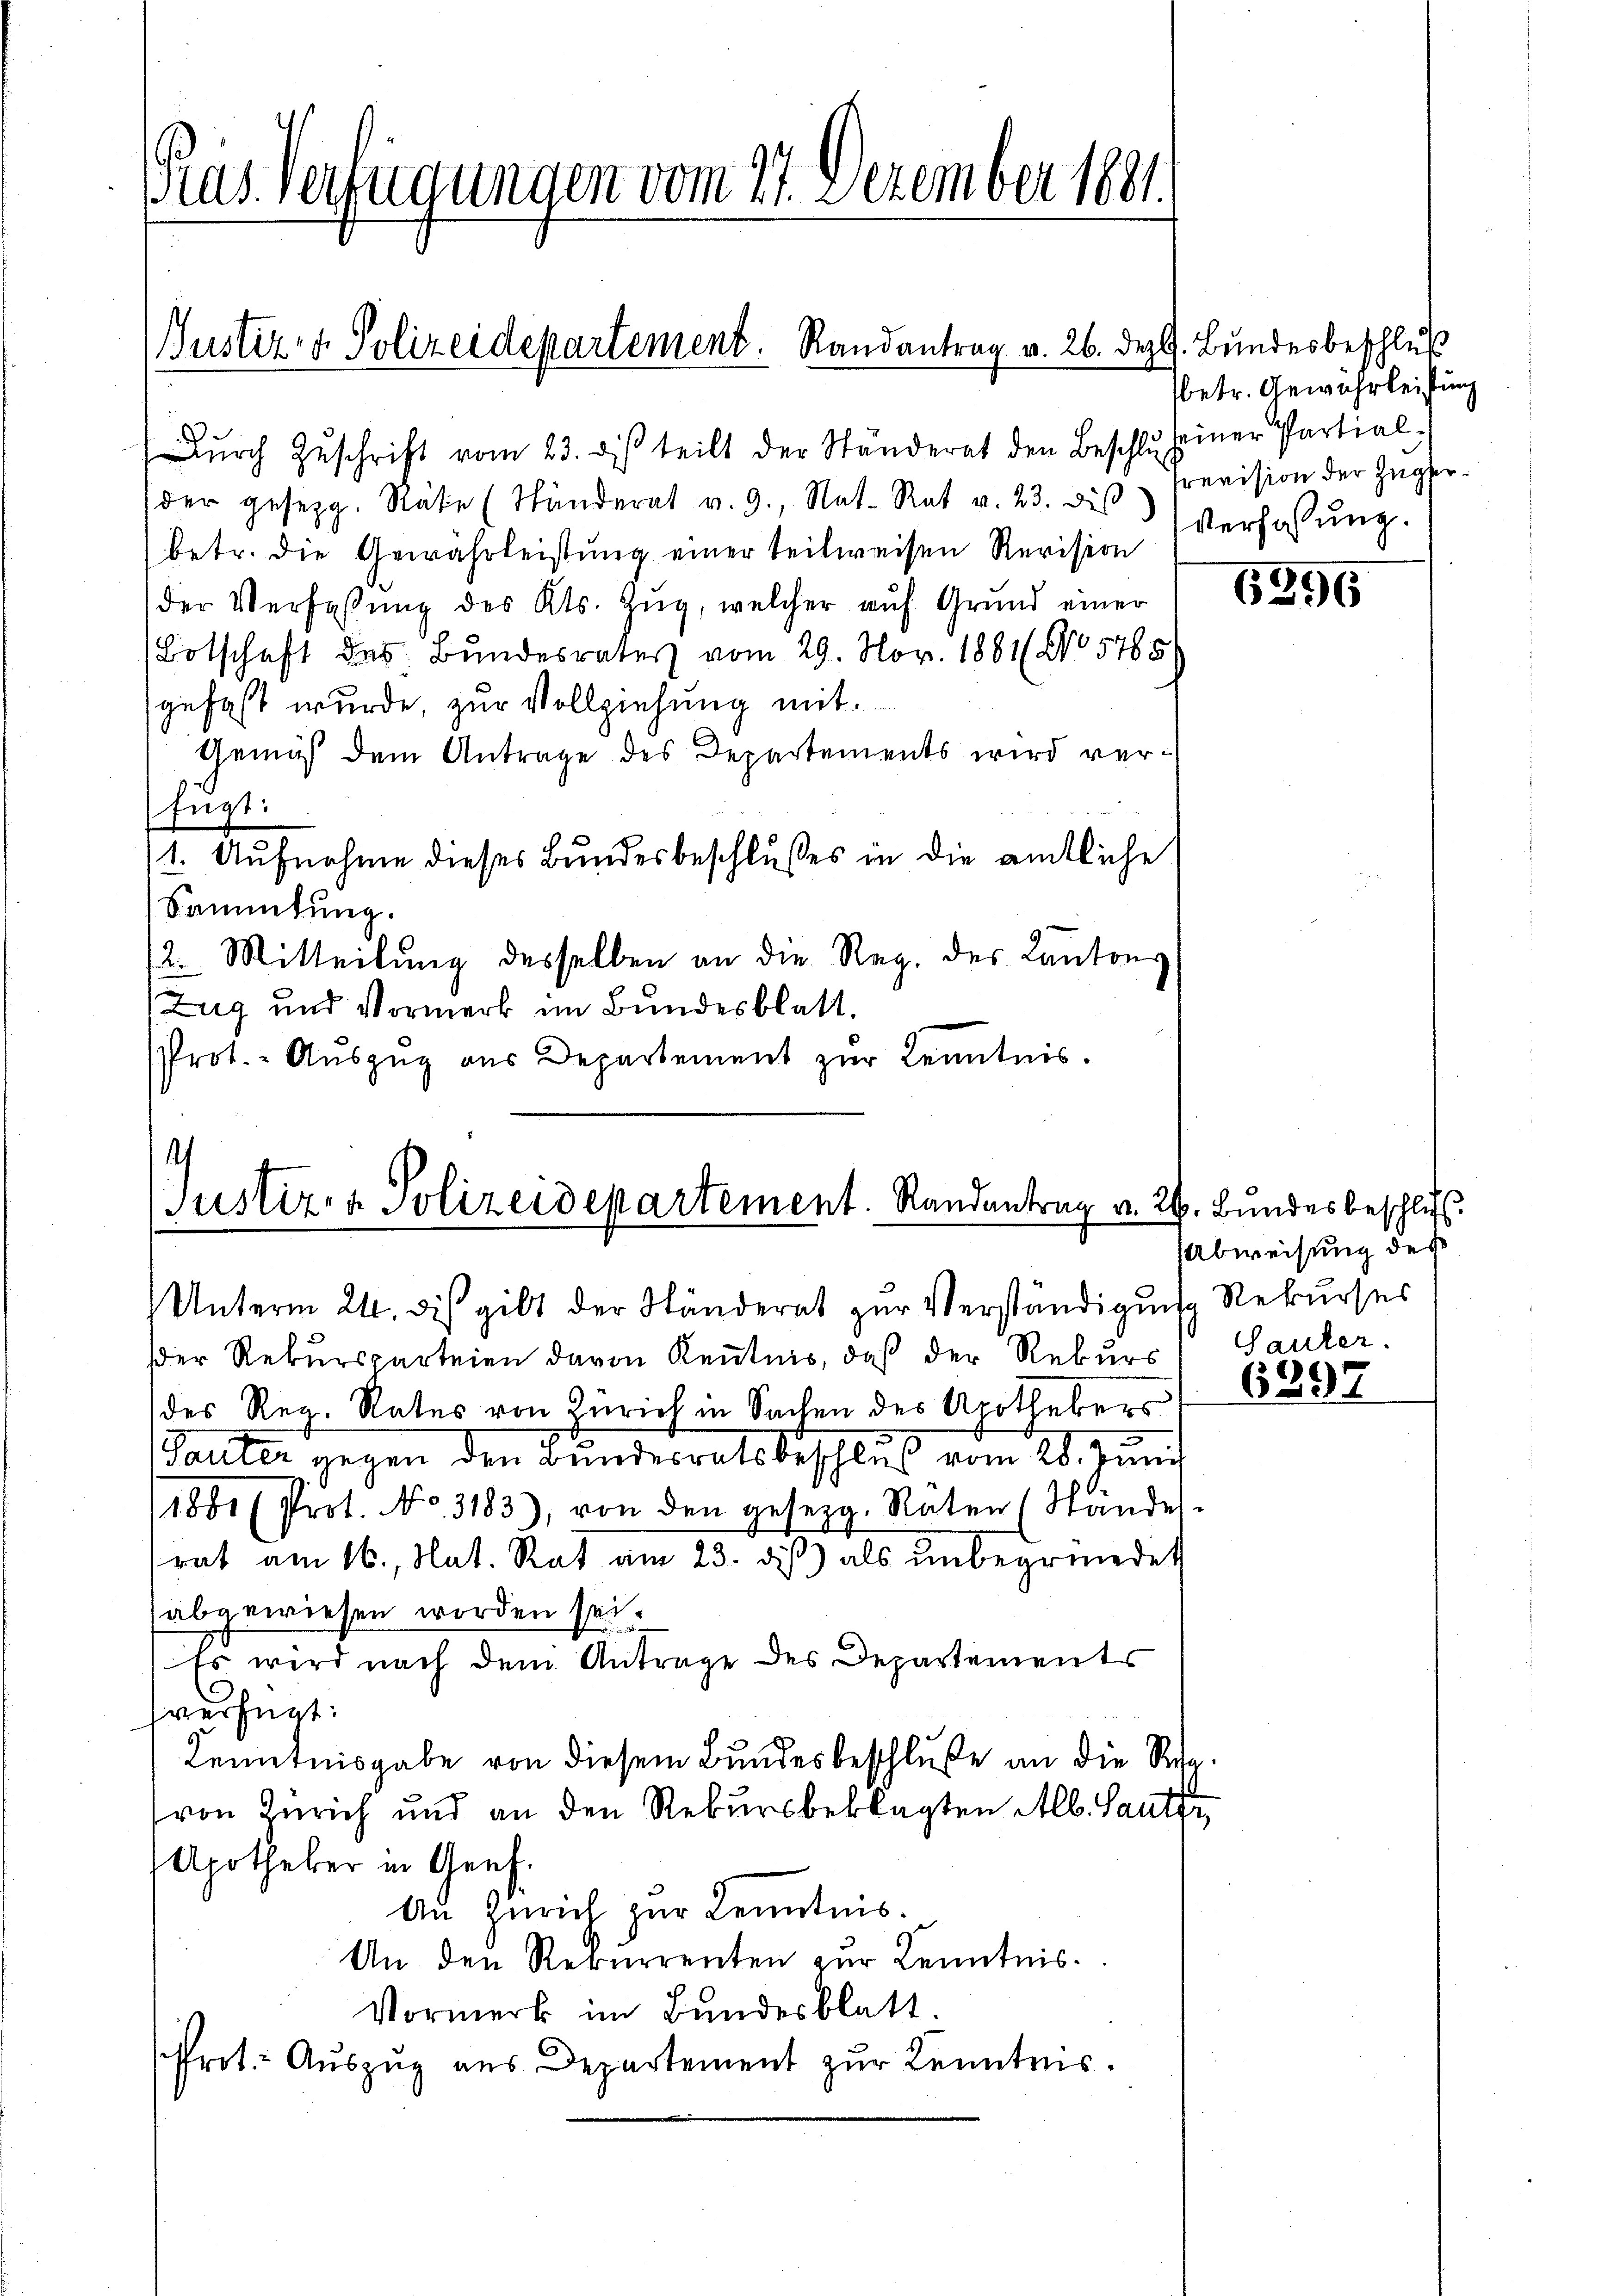
Gras. Verfügungen vom 27. Dezember 1881.

ŭrch Zŭschrift vom 23. di teilt der Ständerat den Beschlŭseiner Partial-
der gesezg. Räte (Thänderat v. 9., Nat. Rat v. 23. diβ revision der Züger-
(betr. die Gewährleistung einer teilweisen Revision
der Verfassung des Kts. Zŭg, welcher auf Grund einer
Botschaft des Bundesrates vom 29. Nov. 1881/ No 57854
gefast wurde, zur Vollziehung mit
Gemäß dem Antrage des Departements wird verfügt:
/1. Aufnahme dieses Bundesbeschlußes in die amtliche
Sammlung.
2. Mitteilung desselben an die Reg. des Kantons
Zug und Vormerk im Bundesblatt.
Prot. - Aŭszŭg aŭs Departement zŭr Kenntnis.

Justiz- & Polizeidepartement. Randantrag v. 26. Dez. Bŭndesbeschlŭβ

.
Justiz- & Polizeidepartement. Randantrag v. 26. Bundesbeschlus

Petr. Gewährleistung
Verfassung.

Unterm 24. dis gibt der Ständerat zur Verständigung Rekurses
der Rekursparteien davon Kentnis, daß der Rekurs, Sauter.
des Reg. Rates von Zürich in Sachen des Apothekers
Tauter gegen den Bundesratsbeschluß vom 28. Juni
1881 (Prot. No. 3183), von den gesezg. Räten (Ständes.
rat am 16. Nat. Rat am 23. diß) als unbegründet
(abgewiesen worden sei.
Es wird nach dem Antrage des Departements
verfügt:
Kenntnisgabe von diesem Bundesbeschluße an die Regvon Zürich und an den Rekursbeklagten Alb. Sauter
Apotheker in Genf.
An Zürich zur Kenntnis.
An den Rekurrenten zur Kenntnis¬
Vormerk im Bundesblatt.
sffret: Auszug aus Departement zur Kenntnis.

6396

Abweisung des

6397